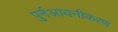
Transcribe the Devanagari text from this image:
पुर्नआयनीकरण